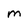
Character: M